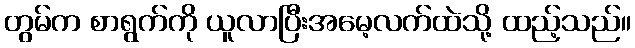
တွမ်က စာရွက်ကို ယူလာပြီးအမေ့လက်ထဲသို့ ထည့်သည်။